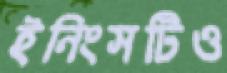
ইনিংসটিও